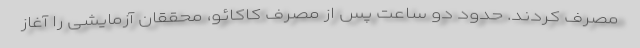
مصرف کردند. حدود دو ساعت پس از مصرف کاکائو، محققان آزمایشی را آغاز